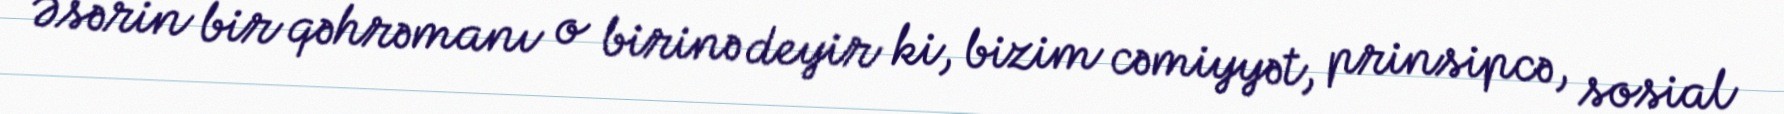
Əsərin bir qəhrəmanı o birinə deyir ki, bizim cəmiyyət, prinsipcə, sosial